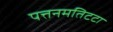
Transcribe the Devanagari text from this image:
पत्तनमतिटटा